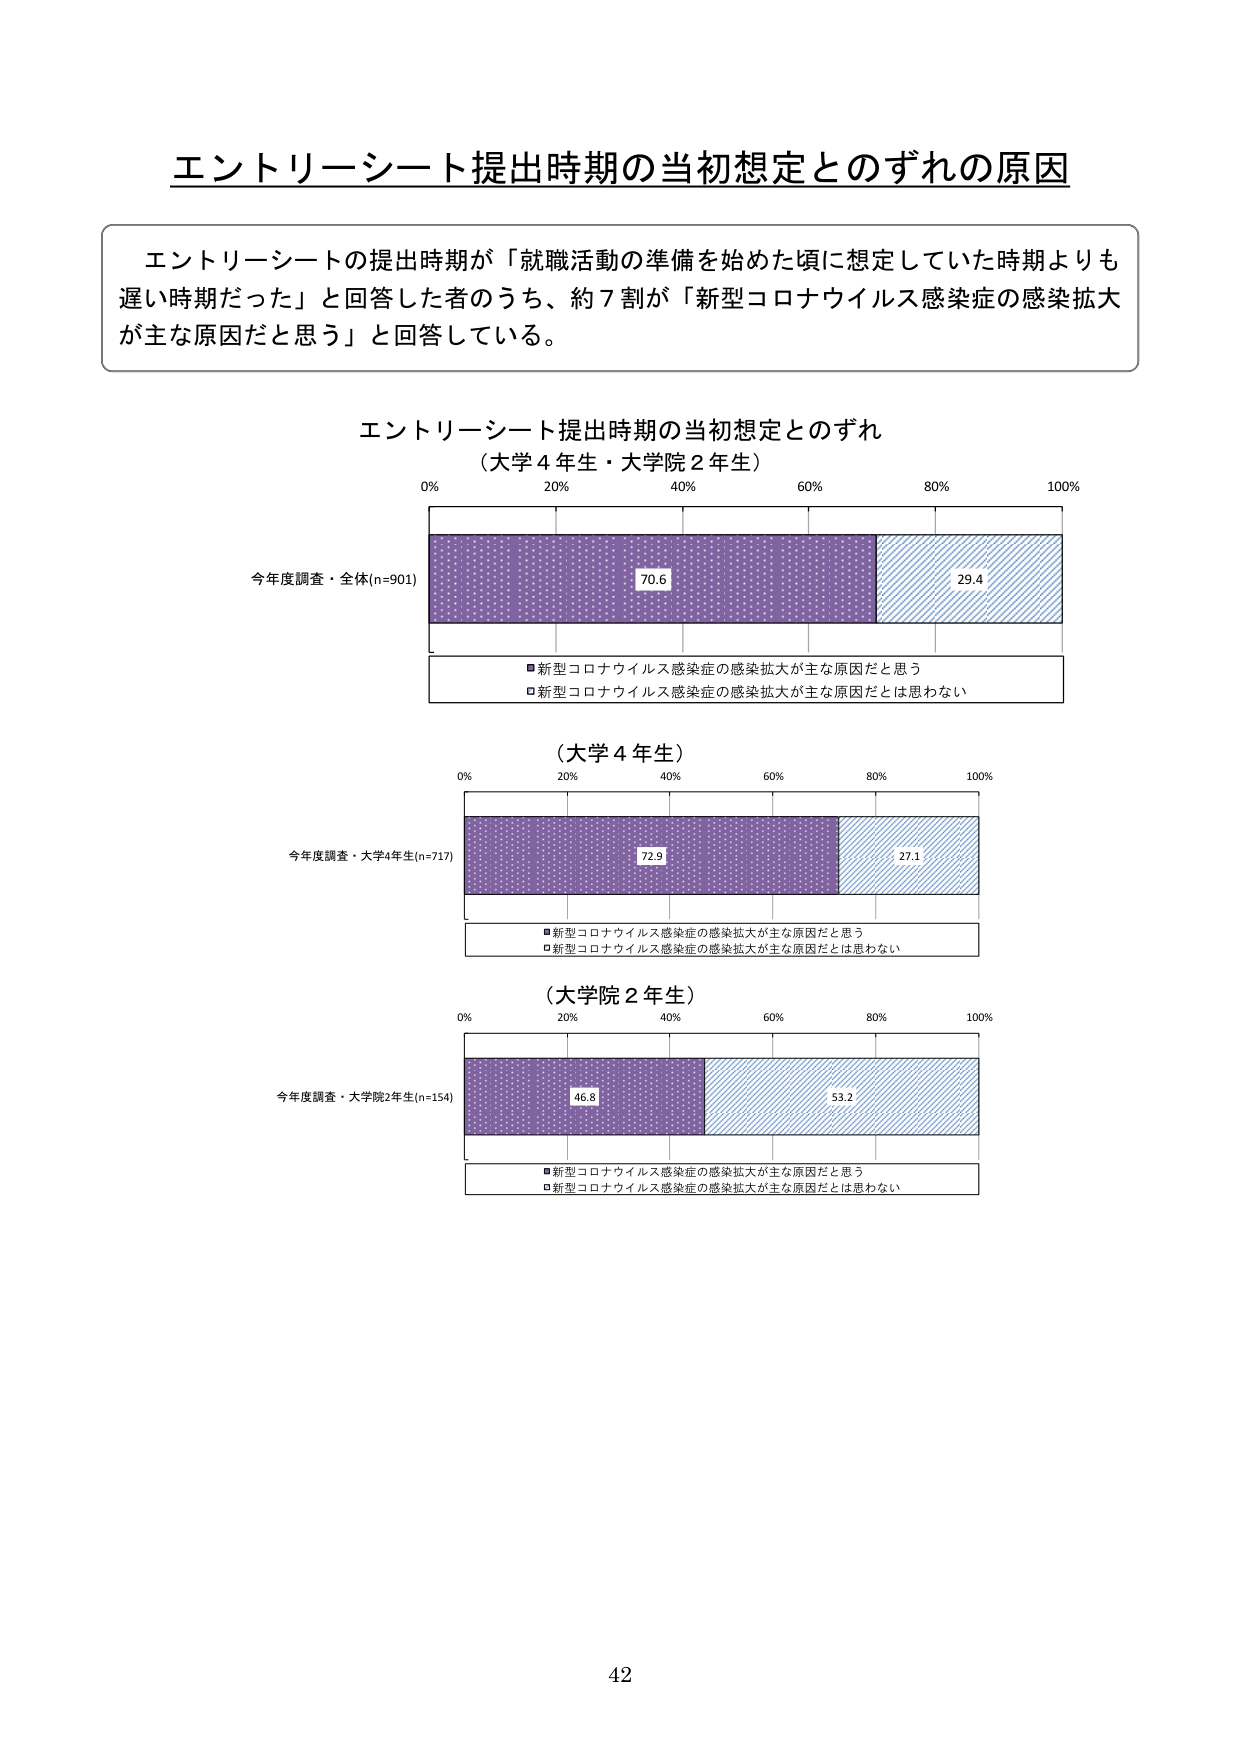
エントリーシート提出時期の当初想定とのずれの原因

エントリーシートの提出時期が「就職活動の準備を始めた頃に想定していた時期よりも遅い時期だった」と回答した者のうち、約７割が「新型コロナウイルス感染症の感染拡大が主な原因だと思う」と回答している。

エントリーシート提出時期の当初想定とのずれ
（大学４年生・大学院２年生）

0% 20% 40% 60% 80% 100%
今年度調査・全体(n=901)
70.6 29.4
■新型コロナウイルス感染症の感染拡大が主な原因だと思う
□新型コロナウイルス感染症の感染拡大が主な原因だとは思わない

（大学４年生）

0% 20% 40% 60% 80% 100%
今年度調査・大学4年生(n=717)
72.9 27.1
■新型コロナウイルス感染症の感染拡大が主な原因だと思う
□新型コロナウイルス感染症の感染拡大が主な原因だとは思わない

（大学院２年生）

0% 20% 40% 60% 80% 100%
今年度調査・大学院2年生(n=154)
46.8 53.2
■新型コロナウイルス感染症の感染拡大が主な原因だと思う
□新型コロナウイルス感染症の感染拡大が主な原因だとは思わない

42